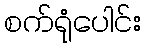
စက်ရုံပေါင်း